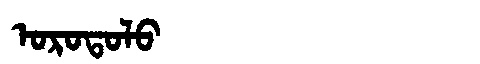
Manchu: ᠣᡵᠣᡨᠣᠯᠣ
Romanization: OROTOLO